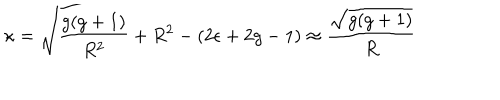
\kappa = \sqrt { { \frac { g ( g + 1 ) } { R ^ { 2 } } } + R ^ { 2 } - ( 2 \epsilon + 2 g - 1 ) } \approx { \frac { \sqrt { g ( g + 1 ) } } { R } }